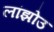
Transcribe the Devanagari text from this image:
लांझोउ